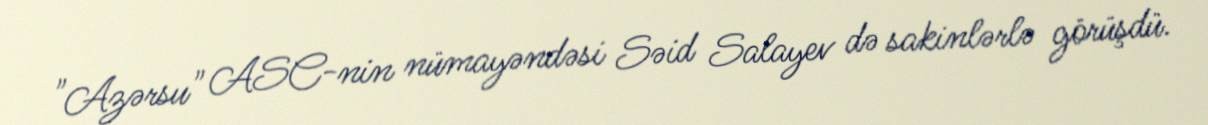
"Azərsu" ASC-nin nümayəndəsi Səid Salayev də sakinlərlə görüşdü.